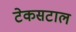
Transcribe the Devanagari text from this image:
टेकसटाल